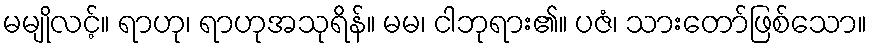
မမျိုလင့်။ ရာဟု၊ ရာဟုအသုရိန်။ မမ၊ ငါဘုရား၏။ ပဇံ၊ သားတော်ဖြစ်သော။